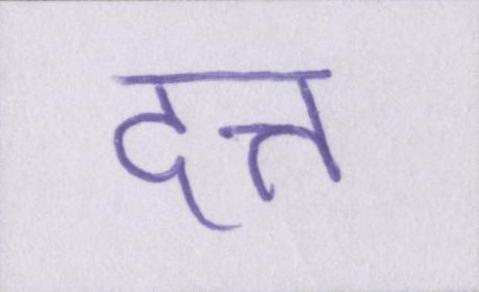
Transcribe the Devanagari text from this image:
दत्त